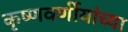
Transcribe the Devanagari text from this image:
कृष्णवर्णीयांच्या